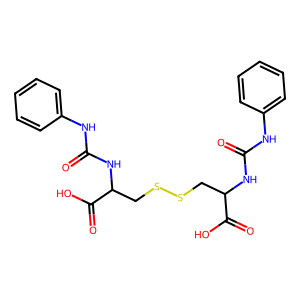
SMILES: O=C(Nc1ccccc1)NC(CSSCC(NC(=O)Nc1ccccc1)C(=O)O)C(=O)O
Inhibits HIV replication: No